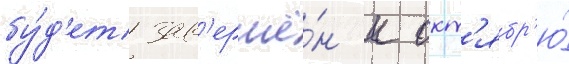
бу́д'ет зав'ершё́н к окт'ябр'ю́